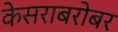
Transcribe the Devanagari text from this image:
केसराबरोबर